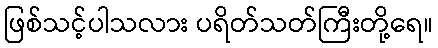
ဖြစ်သင့်ပါသလား ပရိတ်သတ်ကြီးတို့ရေ။